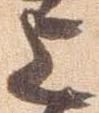
上